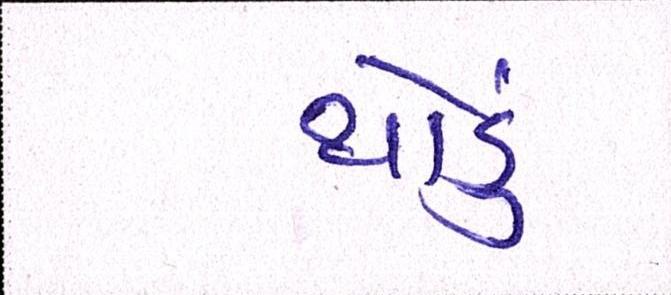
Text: થોડું